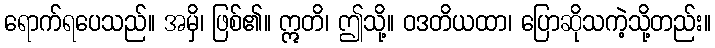
ရောက်ရပေသည်။ အမှိ၊ ဖြစ်၏။ ဣတိ၊ ဤသို့။ ဝဒတိယထာ၊ ပြောဆိုသကဲ့သို့တည်း။